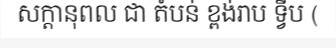
សក្តានុពល ជា តំបន់ ខ្ពង់រាប ទ្វីប (